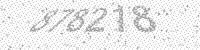
Solution: 878218